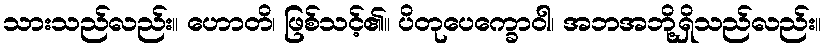
သားသည်လည်း။ ဟောတိ၊ ဖြစ်သင့်၏။ ပိတုပေက္ခောဝါ၊ အဘအဘို့ရှိသည်လည်း။